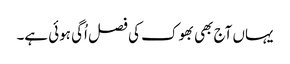
یہاں آج بھی بھوک کی فصل اُگی ہوئی ہے۔